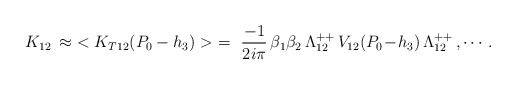
\begin{align*}K_{12}\,\approx\,\,<K_{T12}(P_0-h_3)>\,\,=\,\,{-1\over2i\pi}\,\beta_1\beta_2\,\Lambda^{++}_{12}\,V_{12}(P_0\!-\!h_3)\,\Lambda^{++}_{12}\,,\cdots .\end{align*}